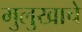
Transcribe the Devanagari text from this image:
मुलुखाचे